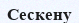
Сескену